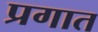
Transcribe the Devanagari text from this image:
प्रगात